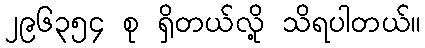
၂၉၆၃၅၄ စု ရှိတယ်လို့ သိရပါတယ်။